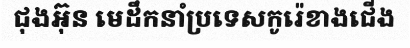
ជុងអ៊ុន មេដឹកនាំប្រទេសកូរ៉េខាងជើង